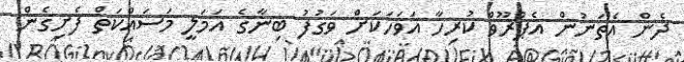
ދެން އެތަނުން އެޕްރޫވް ކުރިހާ އަވަހަކަށް ވަގުފު ބިނާގެ އަމަލީ މަސައްކަތް ފެށިގެން